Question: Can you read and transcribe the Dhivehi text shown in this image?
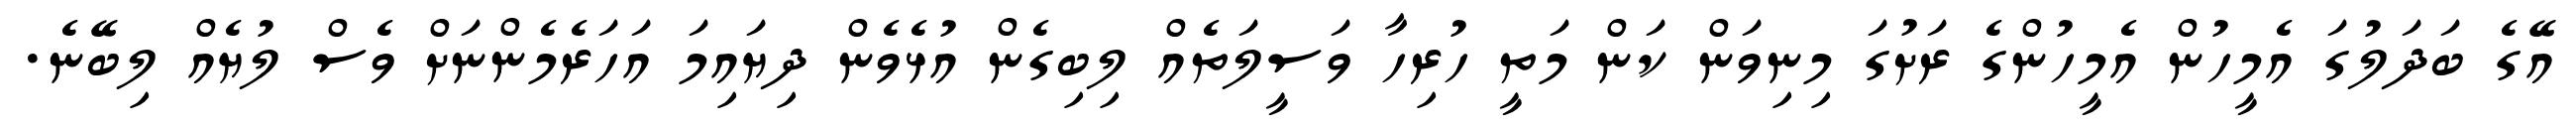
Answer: އޭގެ ބަދަލުގަ އެމީހުން އެމީހުންގެ ރަށުގަ މިނިވަން ކަން މަތީ ހުރިހާ ވަސީލަތެއް ލިބިގެން އުޅެވެން ދިޔައިމަ އަހަރެމެންނަށް ވެސް ލުޔެއް ލިބޭނެ.